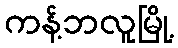
ကန့်ဘလူမြို့